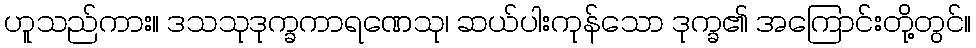
ဟူသည်ကား။ ဒသသုဒုက္ခကာရဏေသု၊ ဆယ်ပါးကုန်သော ဒုက္ခ၏ အကြောင်းတို့တွင်။